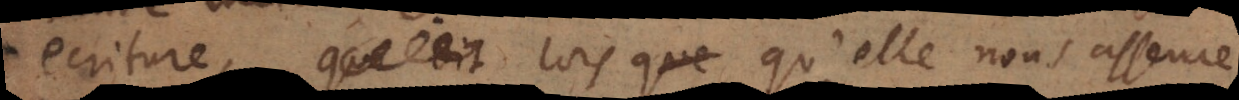
ecriture, qui dit lors que qu’elle nous asseure